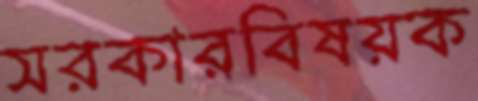
সরকারবিষয়ক